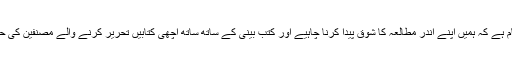
عالمی یوم کتاب کا یہ پیغام ہے کہ ہمیں اپنے اندر مطالعہ کا شوق پیدا کرنا چاہیے اور کتب بینی کے ساتھ ساتھ اچھی کتابیں تحریر کرنے والے مصنفین کی حوصلہ افزائی کرنا چاہیے۔